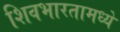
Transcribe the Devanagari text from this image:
शिवभारतामध्ये